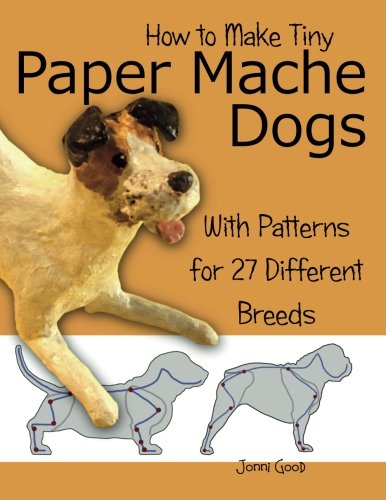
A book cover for How to Make Tiny Paper Mache Dogs: With Patterns for 27 Different Breeds; Jonni Good; Arts & Photography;